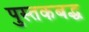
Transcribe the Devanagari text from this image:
पुस्तकबद्ध